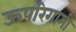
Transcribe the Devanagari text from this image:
ऊपरिगामी